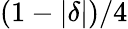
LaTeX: (1-|\delta|)/4